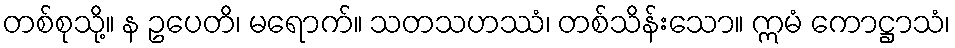
တစ်စုသို့။ န ဥပေတိ၊ မရောက်။ သတသဟဿံ၊ တစ်သိန်းသော။ ဣမံ ကောဋ္ဌာသံ၊